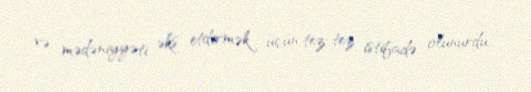
və mədəniyyəti əks etdirmək üçün tez-tez istifadə olunurdu.